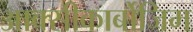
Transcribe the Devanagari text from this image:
आक्‍सीकार्बोजिम